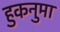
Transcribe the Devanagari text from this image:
हुकनुमा